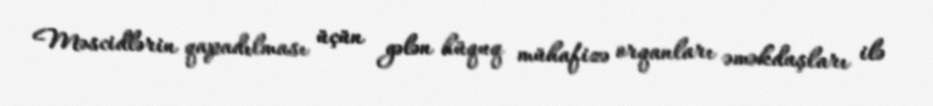
Məscidlərin qapadılması üçün gələn hüquq mühafizə orqanları əməkdaşları ilə